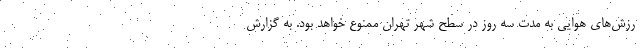
رزش‌های هوایی به مدت سه روز در سطح شهر تهران ممنوع خواهد بود. به گزارش